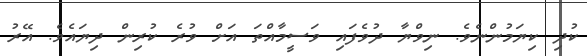
ކުދި ކިޔަމުންނެވެ. ނިވްޔާ ދުވެފައި ވަސީމާއްތަ އަށް ވުރެ ކުރިން ދިޔައެވެ. އޭރު